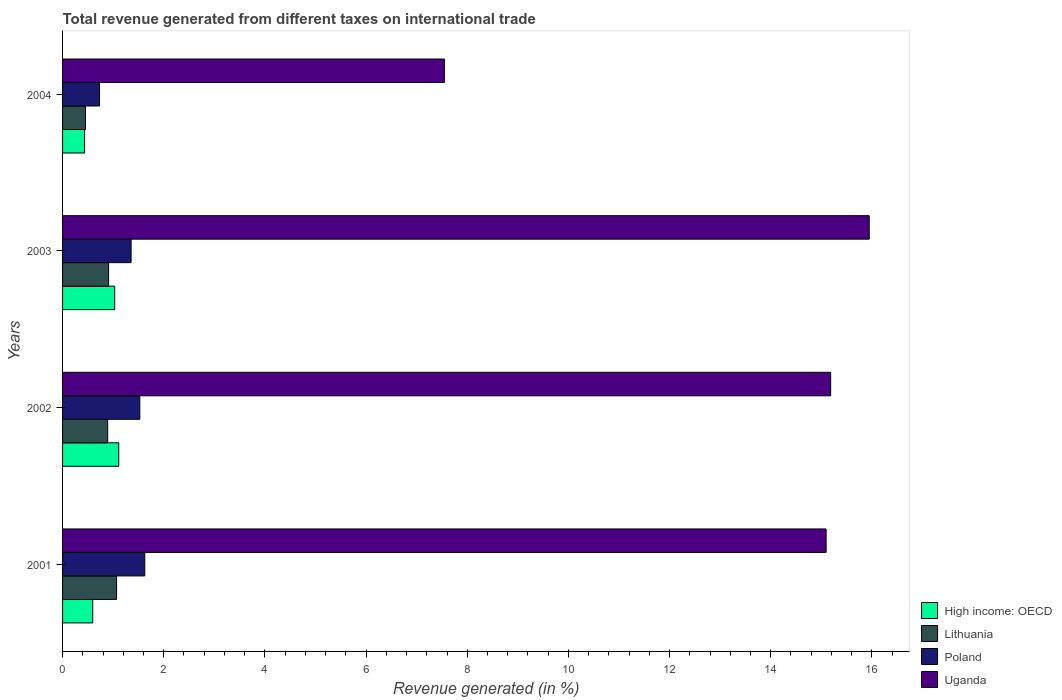
| Years | High income: OECD | Lithuania | Poland | Uganda |
 | --- | --- | --- | --- | --- |
 | 2001 | 0.596 | 1.07 | 1.63 | 15.1 |
 | 2002 | 1.11 | 0.892 | 1.53 | 15.2 |
 | 2003 | 1.03 | 0.91 | 1.35 | 15.9 |
 | 2004 | 0.435 | 0.453 | 0.731 | 7.55 |